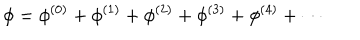
\phi = \phi ^ { ( 0 ) } + \phi ^ { ( 1 ) } + \phi ^ { ( 2 ) } + \phi ^ { ( 3 ) } + \phi ^ { ( 4 ) } + \cdots